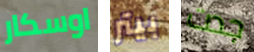
اوسكار بيتر جدت